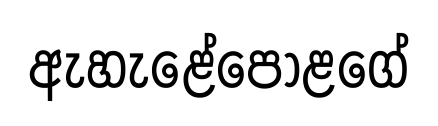
ඇහැළේපොළගේ